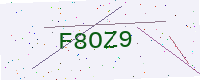
Text: F8OZ9